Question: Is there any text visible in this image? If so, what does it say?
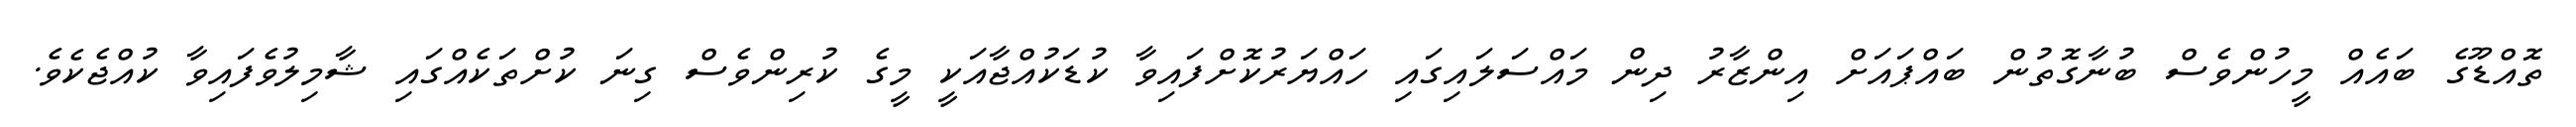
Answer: ތޮއްޑޫގެ ބައެއް މީހުންވެސް ބުނާގޮތުން ބައްޕައަށް އިންޒާރު ދިން މައްސަލައިގައި ހައްޔަރުކޮށްފައިވާ ކުޑަކުއްޖާއަކީ މީގެ ކުރިންވެސް ގިނަ ކުށްތަކެއްގައި ޝާމިލުވެފައިވާ ކުއްޖެކެވެ.